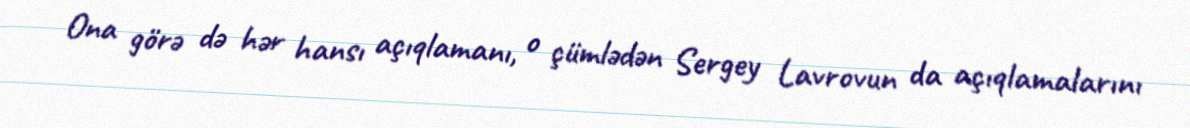
Ona görə də hər hansı açıqlamanı, o çümlədən Sergey Lavrovun da açıqlamalarını